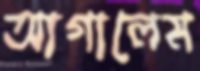
আগালেম